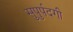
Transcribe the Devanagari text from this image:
सुपुर्पदगी